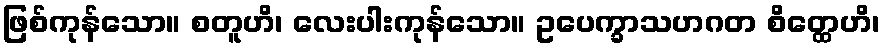
ဖြစ်ကုန်သော။ စတူဟိ၊ လေးပါးကုန်သော။ ဥပေက္ခာသဟဂတ စိတ္ထေဟိ၊